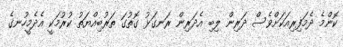
ކޮންމެ ދެމަފިރިއަކަށްވެސް ދަރިން ލިބި އެދަރިން ރަނގަޅު ގޮތުގަ ތަރުބިއްޔަތު ކުރުމަކީ އެދެމީހުނގެ